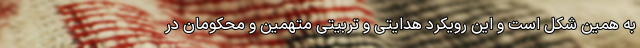
به همین شکل است و این رویکرد هدایتی و تربیتی متهمین و محکومان در